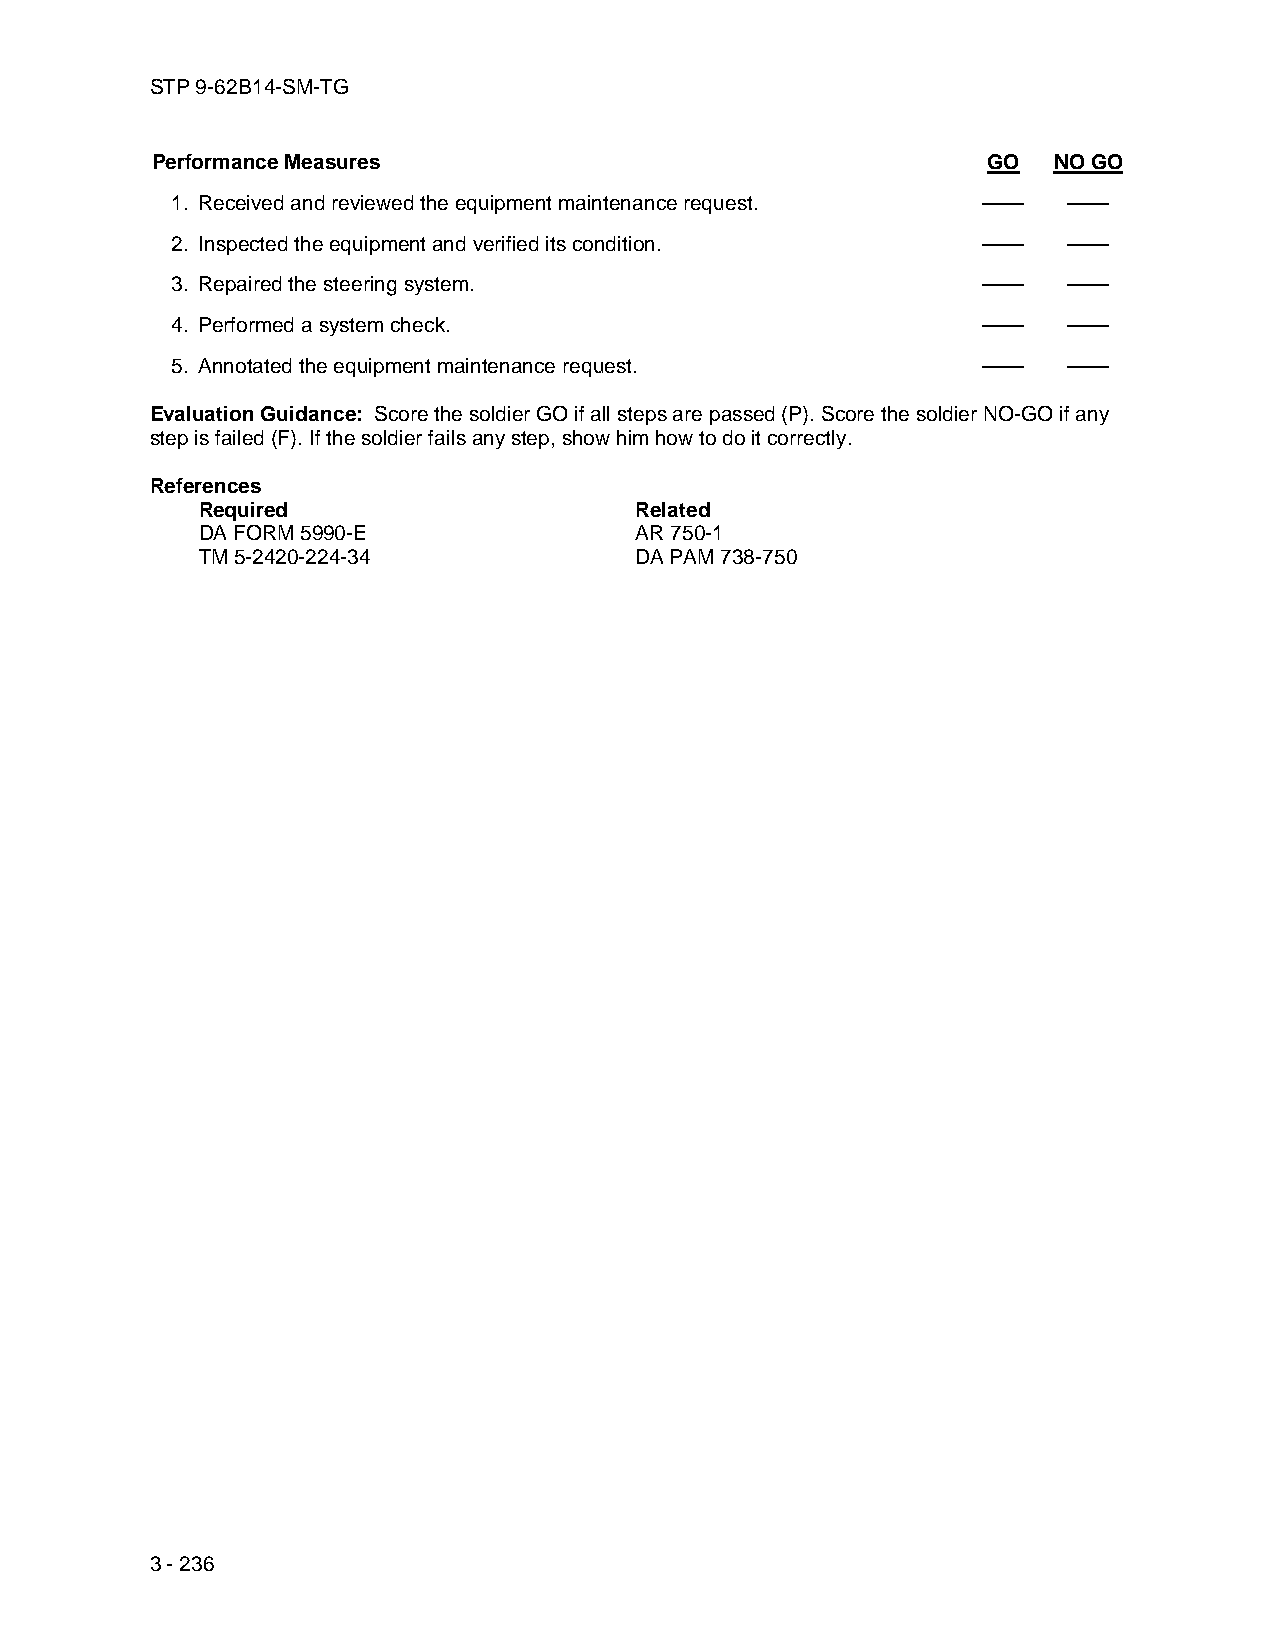
STP 9-62B14-SM-TG
 Performance Measures                                   GO   NO GO
 1. Received and reviewed the equipment maintenance request. —— ——
 2. Inspected the equipment and verified its condition. ——   ——
 3. Repaired the steering system.                      ——    ——
 4. Performed a system check.                          ——    ——
 5. Annotated the equipment maintenance request.       ——    ——
 Evaluation Guidance: Score the soldier GO if all steps are passed (P). Score the soldier NO-GO if any
 step is failed (F). If the soldier fails any step, show him how to do it correctly.
 References
 Required                     Related
 DA FORM 5990-E               AR 750-1
 TM 5-2420-224-34             DA PAM 738-750
 3 - 236